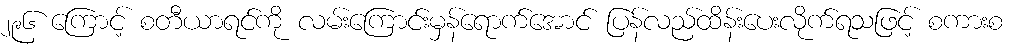
၂၉၆ ကြောင့် စတီယာရင်ကို လမ်းကြောင်းမှန်ရောက်အောင် ပြန်လည်ထိန်းပေးလိုက်ရသဖြင့် စကားစ